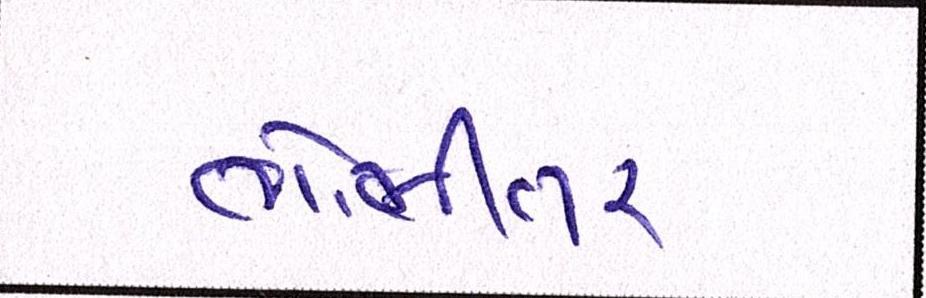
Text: ભોભીતર